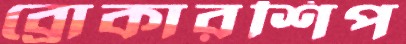
ব্রোকারশিপ